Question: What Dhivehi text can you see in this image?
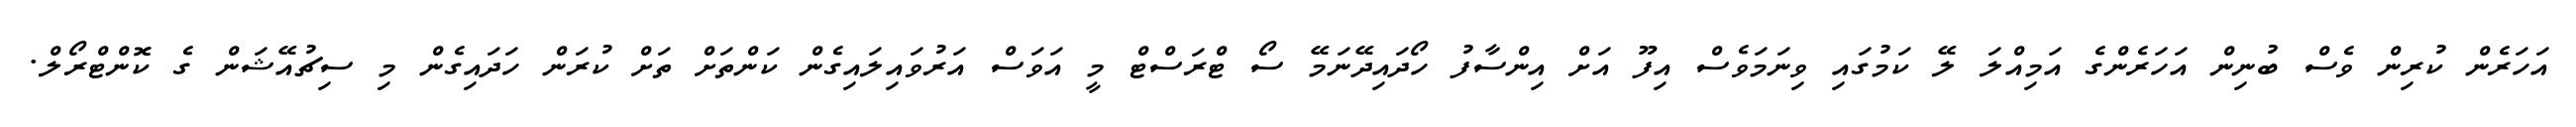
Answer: އަހަރެން ކުރިން ވެސް ބުނިން އަހަރެންގެ އަމިއްލަ ލޭ ކަމުގައި ވިނަމަވެސް އިފޫ އަށް އިންސާފު ހޯދައިދޭނަމޭ ސޯ ޓްރަސްޓް މީ އަވަސް އަރުވައިލައިގެން ކަންތަށް ތަށް ކުރަން ހަދައިގެން މި ސިޗުއޭޝަން ގެ ކޮންޓްރޯލް.